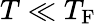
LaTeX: T\ll T_{\mathrm{F}}